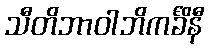
သီတိဘာဝါဘိကင်္ခိနီ